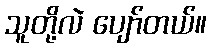
သူတို့လဲ ပျော်တယ်။